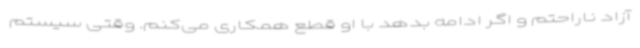
آزاد ناراحتم و اگر ادامه بدهد با او قطع همکاری می‌کنم. وقتی سیستم